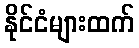
နိုင်ငံများထက်